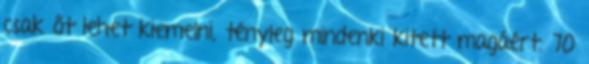
csak őt lehet kiemelni, tényleg mindenki kitett magáért. 70